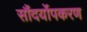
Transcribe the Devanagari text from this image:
सौंदर्योपकरण